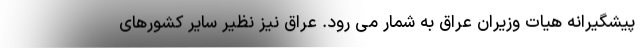
پیشگیرانه هیات وزیران عراق به شمار می رود. عراق نیز نظیر سایر کشورهای